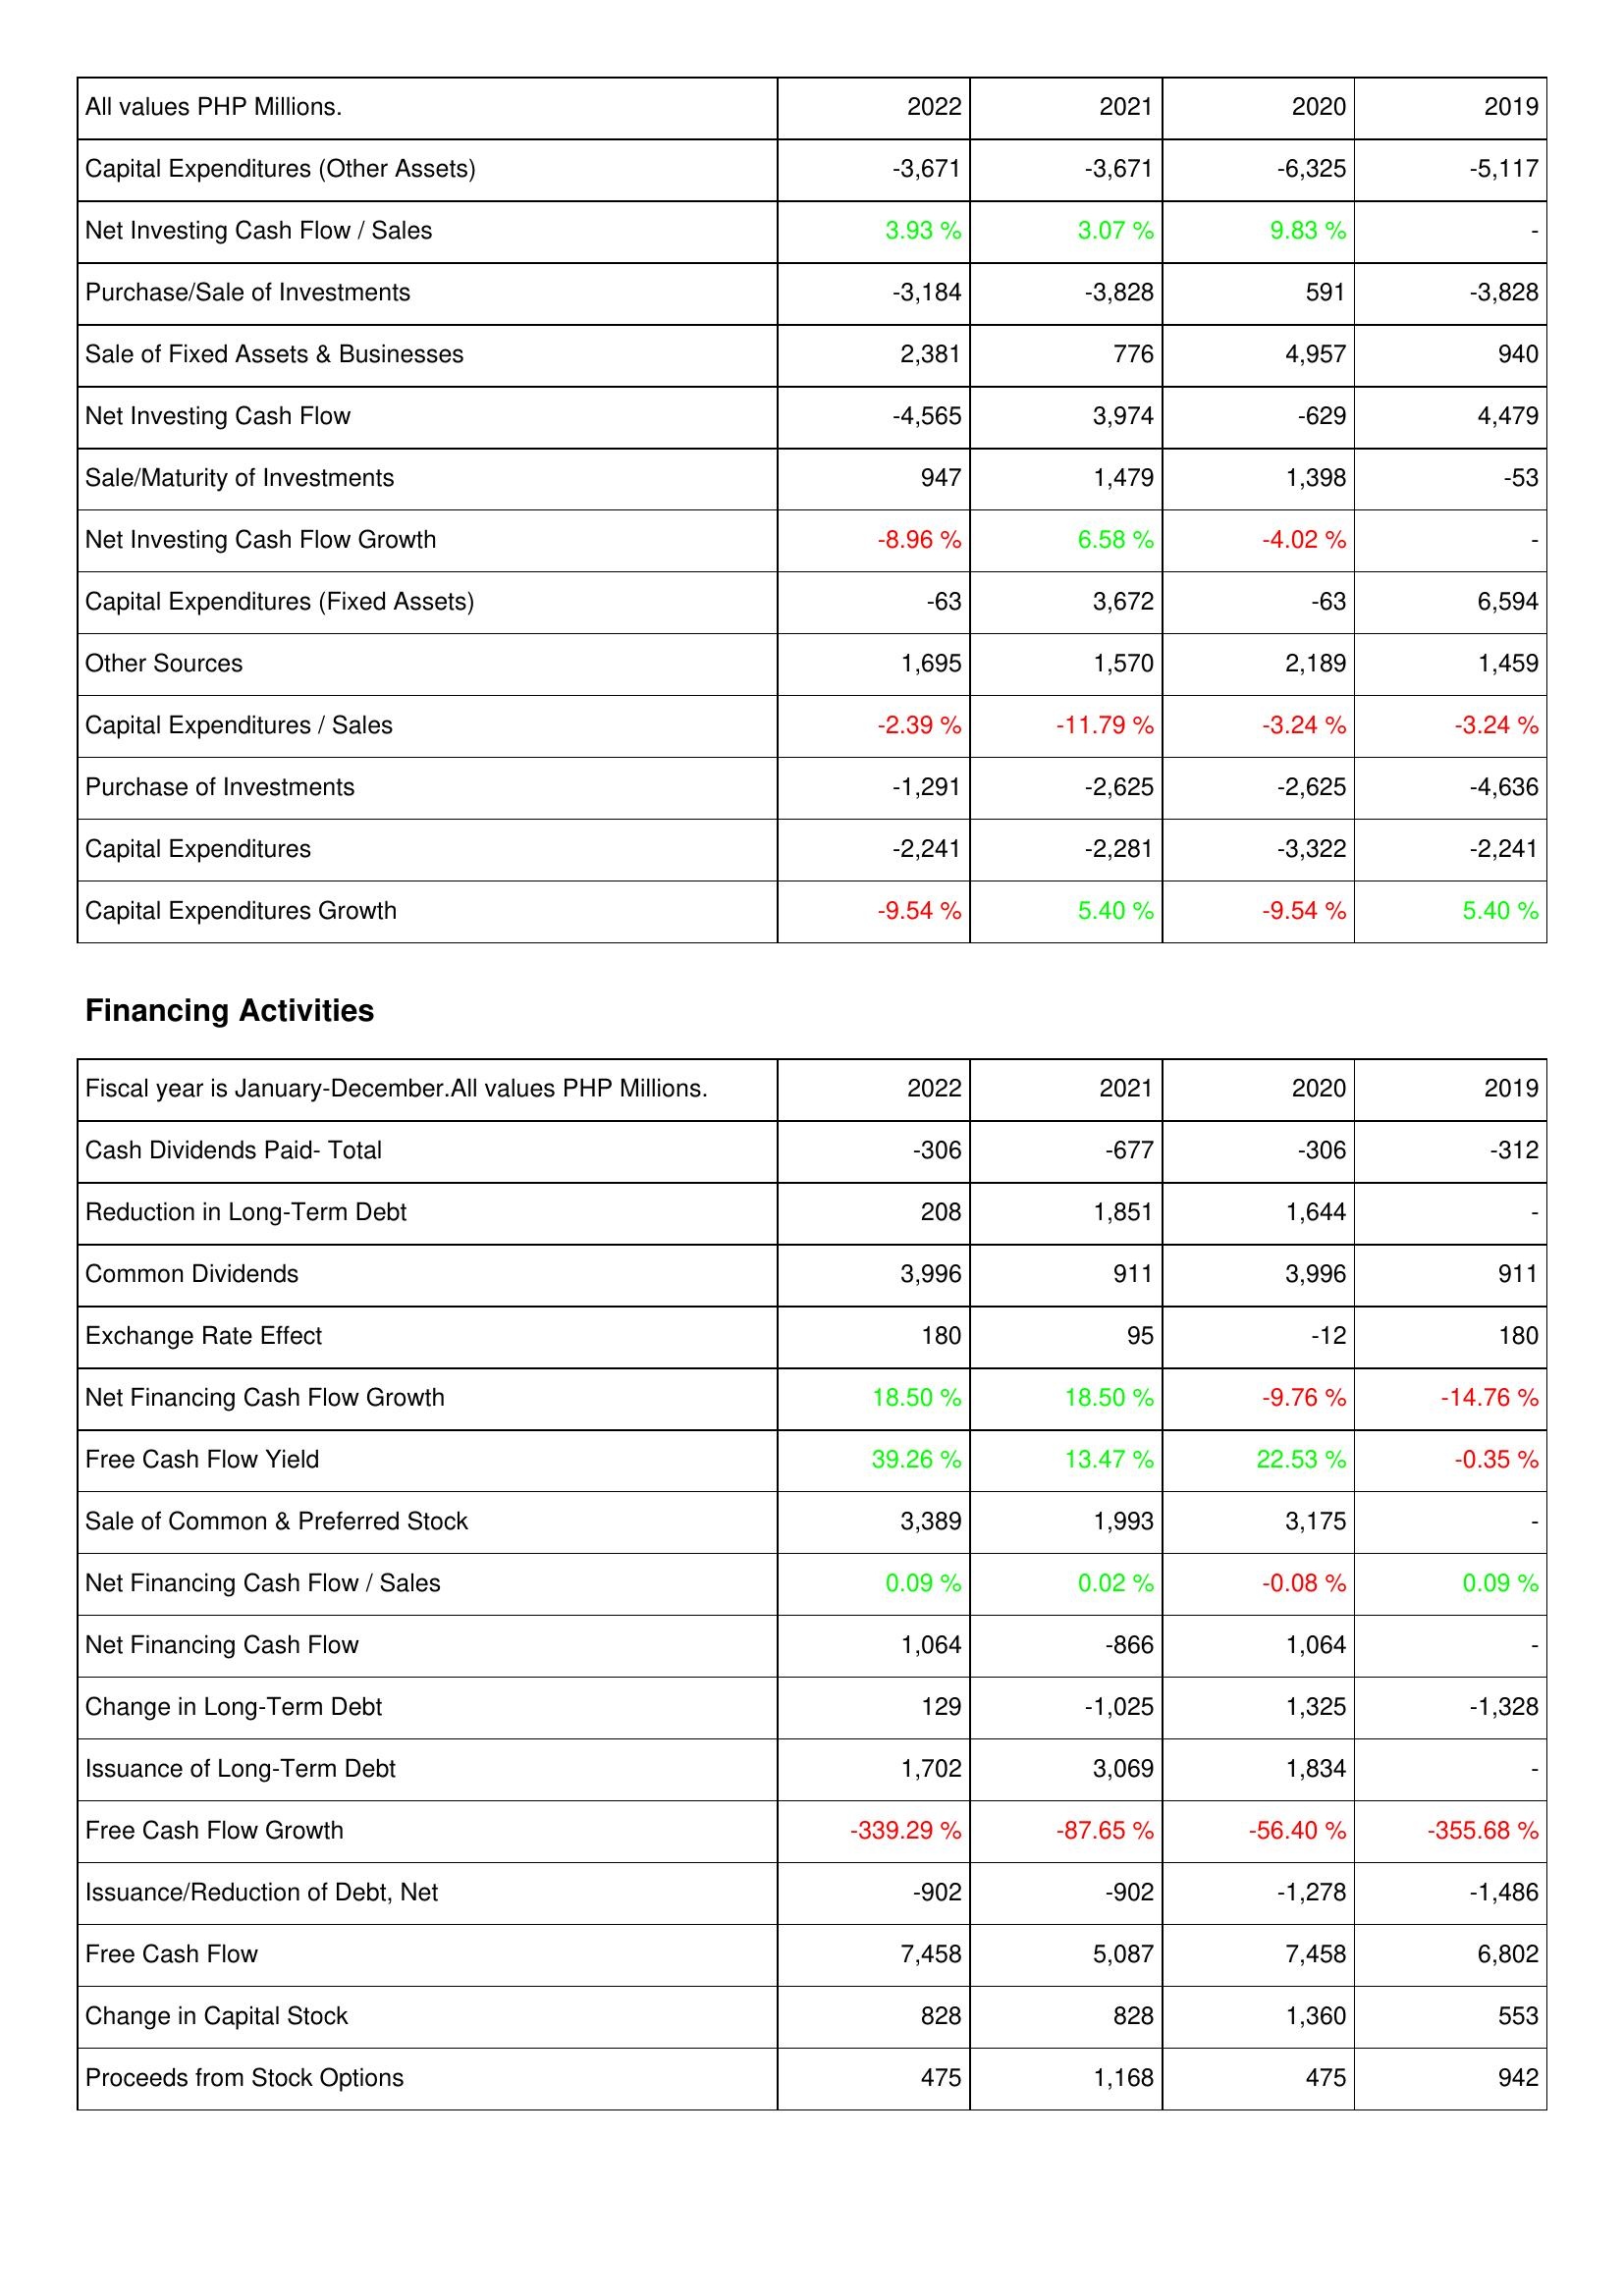
2022: Investing Activities: Capital Expenditures (Other Assets): -3,671
Net Investing Cash Flow / Sales: 3.93 %
Purchase/Sale of Investments: -3,184
Sale of Fixed Assets & Businesses: 2,381
Net Investing Cash Flow: -4,565
Sale/Maturity of Investments: 947
Net Investing Cash Flow Growth: -8.96 %
Capital Expenditures (Fixed Assets): -63
Other Sources: 1,695
Capital Expenditures / Sales: -2.39 %
Purchase of Investments: -1,291
Capital Expenditures: -2,241
Capital Expenditures Growth: -9.54 %
Financing Activities: Cash Dividends Paid- Total: -306
Reduction in Long-Term Debt: 208
Common Dividends: 3,996
Exchange Rate Effect: 180
Net Financing Cash Flow Growth: 18.50 %
Free Cash Flow Yield: 39.26 %
Sale of Common & Preferred Stock: 3,389
Net Financing Cash Flow / Sales: 0.09 %
Net Financing Cash Flow: 1,064
Change in Long-Term Debt: 129
Issuance of Long-Term Debt: 1,702
Free Cash Flow Growth: -339.29 %
Issuance/Reduction of Debt, Net: -902
Free Cash Flow: 7,458
Change in Capital Stock: 828
Proceeds from Stock Options: 475
2021: Investing Activities: Capital Expenditures (Other Assets): -3,671
Net Investing Cash Flow / Sales: 3.07 %
Purchase/Sale of Investments: -3,828
Sale of Fixed Assets & Businesses: 776
Net Investing Cash Flow: 3,974
Sale/Maturity of Investments: 1,479
Net Investing Cash Flow Growth: 6.58 %
Capital Expenditures (Fixed Assets): 3,672
Other Sources: 1,570
Capital Expenditures / Sales: -11.79 %
Purchase of Investments: -2,625
Capital Expenditures: -2,281
Capital Expenditures Growth: 5.40 %
Financing Activities: Cash Dividends Paid- Total: -677
Reduction in Long-Term Debt: 1,851
Common Dividends: 911
Exchange Rate Effect: 95
Net Financing Cash Flow Growth: 18.50 %
Free Cash Flow Yield: 13.47 %
Sale of Common & Preferred Stock: 1,993
Net Financing Cash Flow / Sales: 0.02 %
Net Financing Cash Flow: -866
Change in Long-Term Debt: -1,025
Issuance of Long-Term Debt: 3,069
Free Cash Flow Growth: -87.65 %
Issuance/Reduction of Debt, Net: -902
Free Cash Flow: 5,087
Change in Capital Stock: 828
Proceeds from Stock Options: 1,168
2020: Investing Activities: Capital Expenditures (Other Assets): -6,325
Net Investing Cash Flow / Sales: 9.83 %
Purchase/Sale of Investments: 591
Sale of Fixed Assets & Businesses: 4,957
Net Investing Cash Flow: -629
Sale/Maturity of Investments: 1,398
Net Investing Cash Flow Growth: -4.02 %
Capital Expenditures (Fixed Assets): -63
Other Sources: 2,189
Capital Expenditures / Sales: -3.24 %
Purchase of Investments: -2,625
Capital Expenditures: -3,322
Capital Expenditures Growth: -9.54 %
Financing Activities: Cash Dividends Paid- Total: -306
Reduction in Long-Term Debt: 1,644
Common Dividends: 3,996
Exchange Rate Effect: -12
Net Financing Cash Flow Growth: -9.76 %
Free Cash Flow Yield: 22.53 %
Sale of Common & Preferred Stock: 3,175
Net Financing Cash Flow / Sales: -0.08 %
Net Financing Cash Flow: 1,064
Change in Long-Term Debt: 1,325
Issuance of Long-Term Debt: 1,834
Free Cash Flow Growth: -56.40 %
Issuance/Reduction of Debt, Net: -1,278
Free Cash Flow: 7,458
Change in Capital Stock: 1,360
Proceeds from Stock Options: 475
2019: Investing Activities: Capital Expenditures (Other Assets): -5,117
Net Investing Cash Flow / Sales: -
Purchase/Sale of Investments: -3,828
Sale of Fixed Assets & Businesses: 940
Net Investing Cash Flow: 4,479
Sale/Maturity of Investments: -53
Net Investing Cash Flow Growth: -
Capital Expenditures (Fixed Assets): 6,594
Other Sources: 1,459
Capital Expenditures / Sales: -3.24 %
Purchase of Investments: -4,636
Capital Expenditures: -2,241
Capital Expenditures Growth: 5.40 %
Financing Activities: Cash Dividends Paid- Total: -312
Reduction in Long-Term Debt: -
Common Dividends: 911
Exchange Rate Effect: 180
Net Financing Cash Flow Growth: -14.76 %
Free Cash Flow Yield: -0.35 %
Sale of Common & Preferred Stock: -
Net Financing Cash Flow / Sales: 0.09 %
Net Financing Cash Flow: -
Change in Long-Term Debt: -1,328
Issuance of Long-Term Debt: -
Free Cash Flow Growth: -355.68 %
Issuance/Reduction of Debt, Net: -1,486
Free Cash Flow: 6,802
Change in Capital Stock: 553
Proceeds from Stock Options: 942